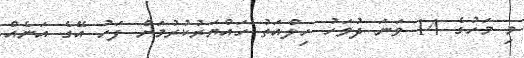
މި މަހުގެ 14 ވަނަ ދުވަހު ހިލްއަތު ހައްޔަރުކުރުމަށް ފަހު އޭގެ އަނެއް